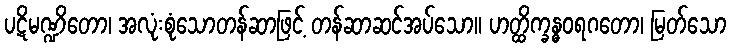
ပဋိမဏ္ဍိတော၊ အလုံးစုံသောတန်ဆာဖြင့် တန်ဆာဆင်အပ်သော။ ဟတ္ထိက္ခန္ဓဝရဂတော၊ မြတ်သော